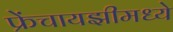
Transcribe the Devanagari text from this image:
फ्रेंचायझीमध्ये